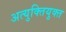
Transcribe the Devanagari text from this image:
अत्युक्तियुक्त